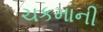
ચકમાની